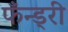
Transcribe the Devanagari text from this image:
फँन्ड्री